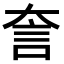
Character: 𧥢